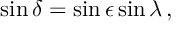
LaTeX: \sin \delta = \sin \epsilon \sin \lambda \, ,